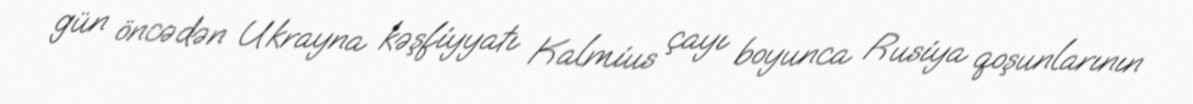
gün öncədən Ukrayna kəşfiyyatı Kalmius çayı boyunca Rusiya qoşunlarının